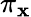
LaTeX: \pi_{\mathbf{x}}